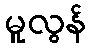
မူလွန်